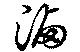
滷